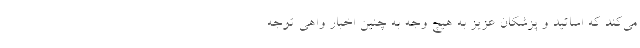
می‌کند که اساتید و پزشکان عزیز به هیچ وجه به چنین اخبار واهی توجه